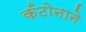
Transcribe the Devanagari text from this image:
कँटोनाने